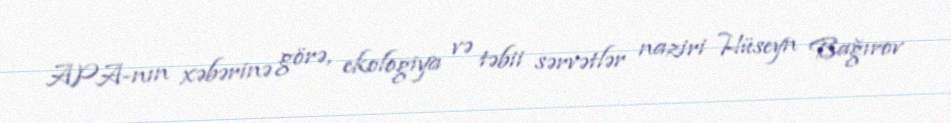
APA-nın xəbərinə görə, ekologiya və təbii sərvətlər naziri Hüseyn Bağırov